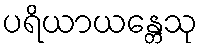
ပရိယာယန္တေသု